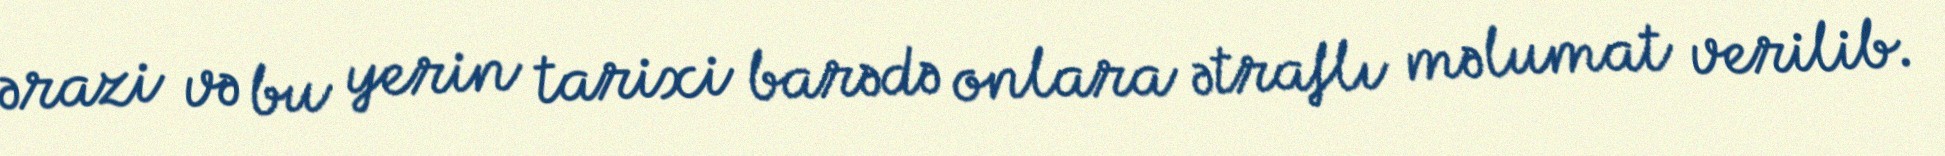
ərazi və bu yerin tarixi barədə onlara ətraflı məlumat verilib.